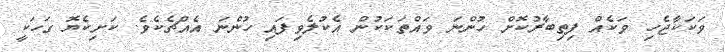
ވަކަކާޖެހި ވަކެއް ފިތިބާރުކޮށް ހުންނަ ވައްތަކަކުން އެކުލެވިފައި ހުންނަ އެއްޗެކެވެ. ކަށިކެޔޮ ގަހަކީ